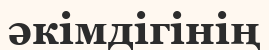
әкімдігінің